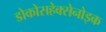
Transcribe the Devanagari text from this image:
डोकोसहेक्सेनोइक